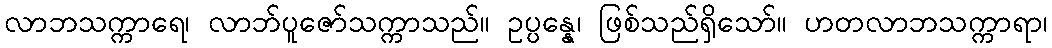
လာဘသက္ကာရေ၊ လာဘ်ပူဇော်သက္ကာသည်။ ဥပ္ပန္နေ၊ ဖြစ်သည်ရှိသော်။ ဟတလာဘသက္ကာရာ၊